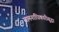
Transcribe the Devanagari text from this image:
सामनाधिकारीसुद्धा